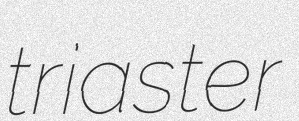
triaster